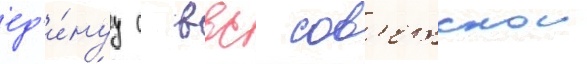
ед'и́нуу с ввс сов'етскои